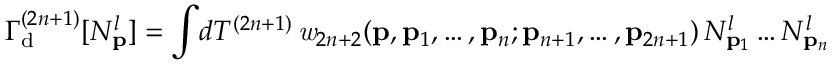
\Gamma _ { \mathrm { d } } ^ { ( 2 n + 1 ) } [ N _ { \bf p } ^ { l } ] = \int \! d { \cal T } ^ { ( 2 n + 1 ) } \, { \it w } _ { 2 n + 2 } ( { \bf p } , { \bf p } _ { 1 } , \ldots , { \bf p } _ { n } ; { \bf p } _ { n + 1 } , \ldots , { \bf p } _ { 2 n + 1 } ) \, N _ { { \bf p } _ { 1 } } ^ { l } \ldots N _ { { \bf p } _ { n } } ^ { l }